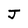
Character: J